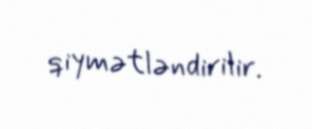
qiymətləndirilir.